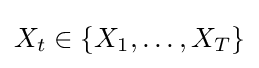
X_{t}\in \{X_{1},\dots ,X_{T}\}